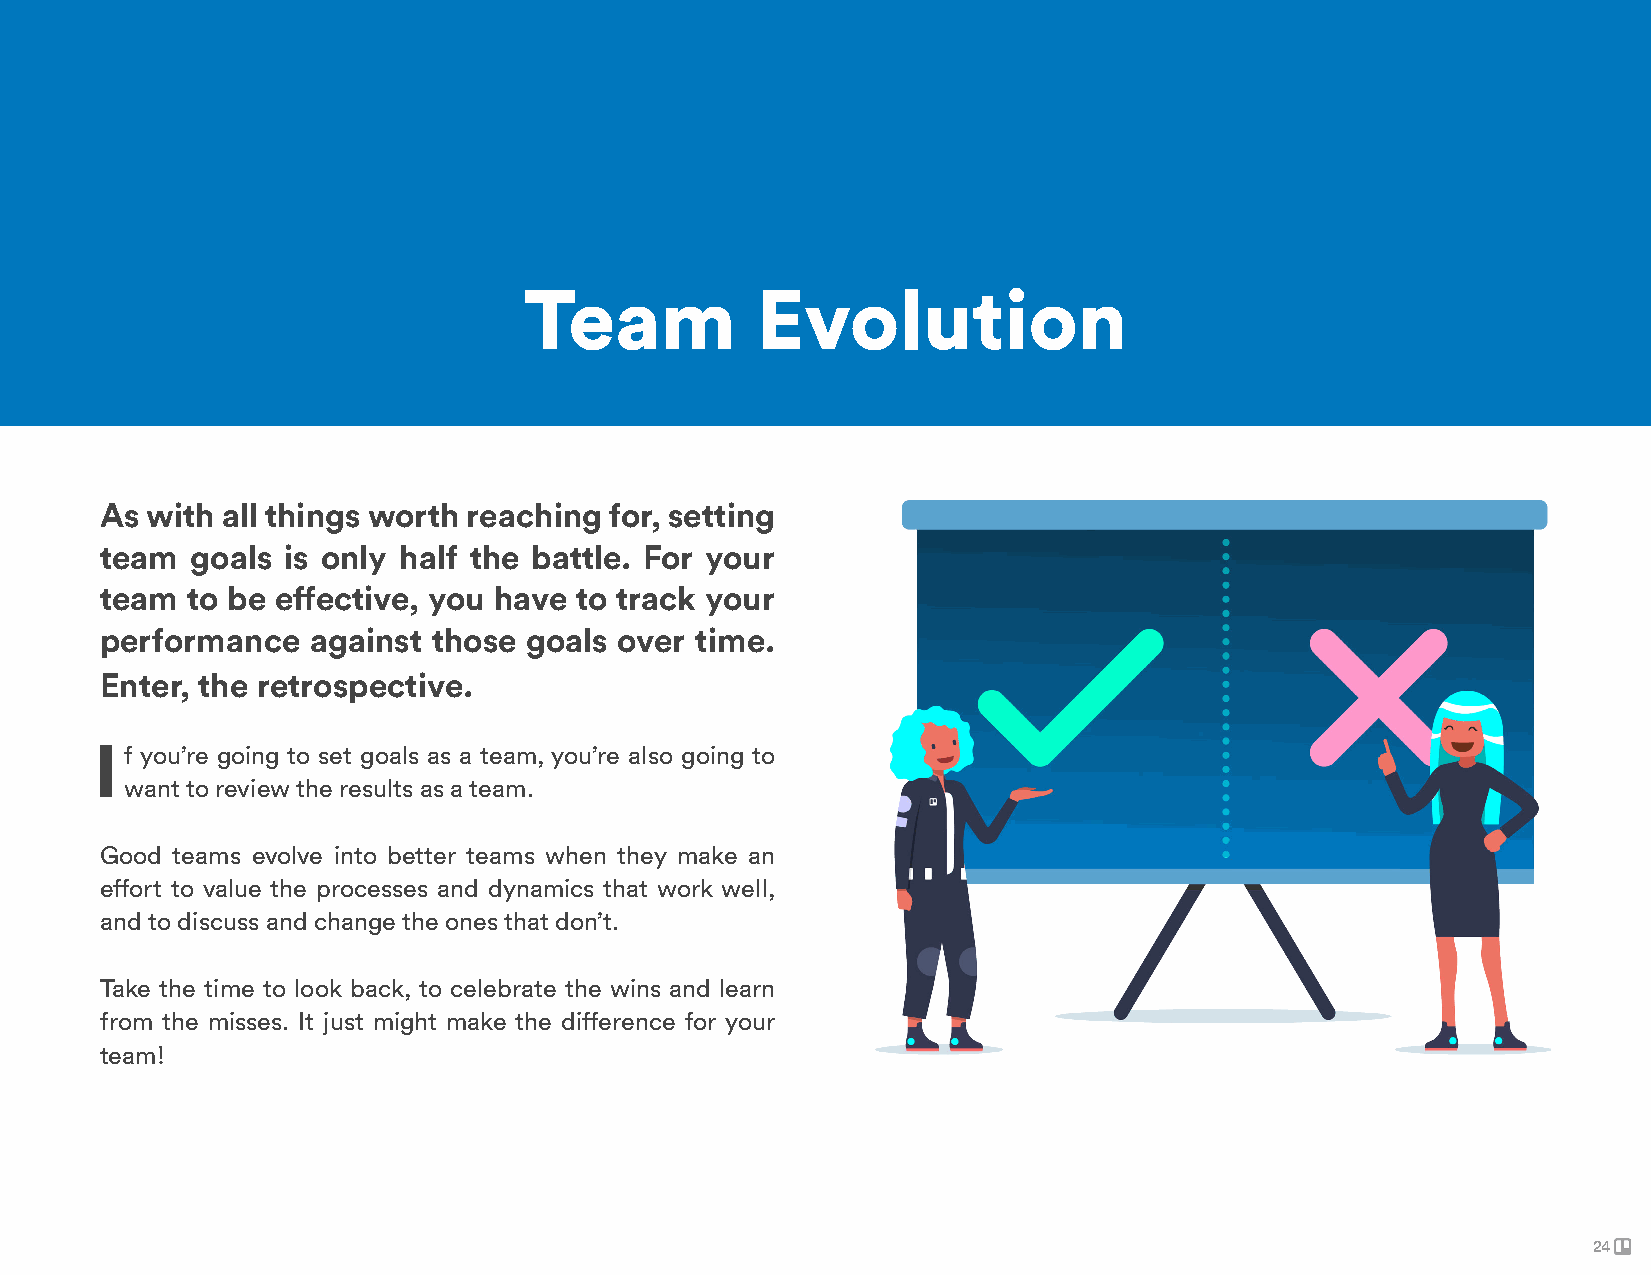
Team           Evolution
 As with all things worth reaching for, setting
 team  goals is only half the battle. For your
 team to be effective, you have to track your
 performance   against those goals over time.
 Enter, the retrospective.
 I f you’re going to set goals as a team, you’re also going to
 want to review the results as a team.
 Good teams evolve into better teams when they make an
 effort to value the processes and dynamics that work well,
 and to discuss and change the ones that don’t.
 Take the time to look back, to celebrate the wins and learn
 from the misses. It just might make the difference for your
 team!
 24